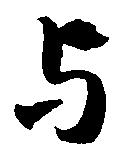
与